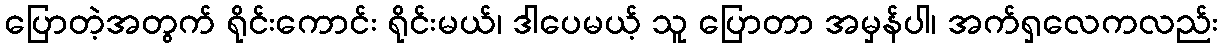
ပြောတဲ့အတွက် ရိုင်းကောင်း ရိုင်းမယ်၊ ဒါပေမယ့် သူ ပြောတာ အမှန်ပါ၊ အက်ရှလေကလည်း